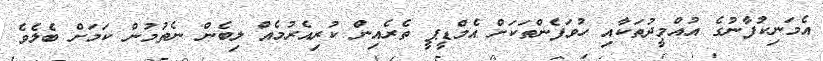
އެމަނިކުފާނުގެ އުއްމީދުތަކާއި ހުވަފެންތަކަށް އެމްޑީޕީ ތެރެއިން ކުރިއެރުމެއް ލިބެން ނެތުމުން ކަމަށް ބެލެވެ